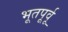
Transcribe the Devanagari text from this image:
भूतपूर्वू